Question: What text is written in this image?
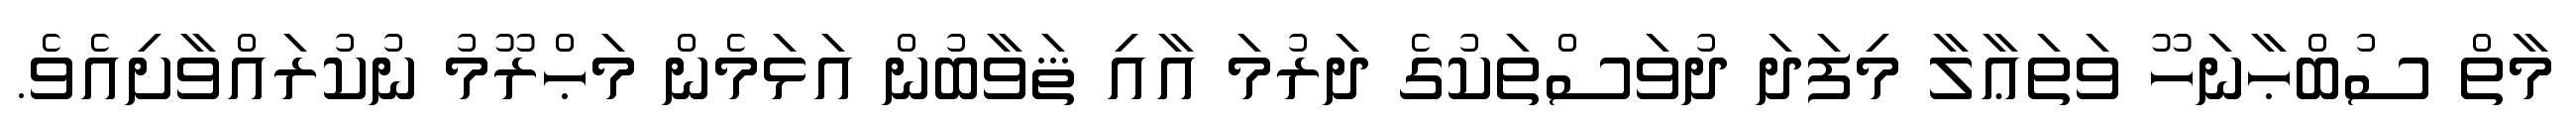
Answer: މާތް ސުބްޙާނަހޫ ވަތަޢާލާ މިފަދަ ދުވަސްތަކުގެ ދަރުމަ އާއި ޘަވާބުން އަޅަމެން މަޙްރޫމު ނުކުރައްވާށިއެވެ.